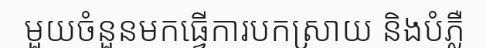
មួយចំនួនមកធ្វើការបកស្រាយ និងបំភ្លឺ